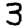
Digit: 3